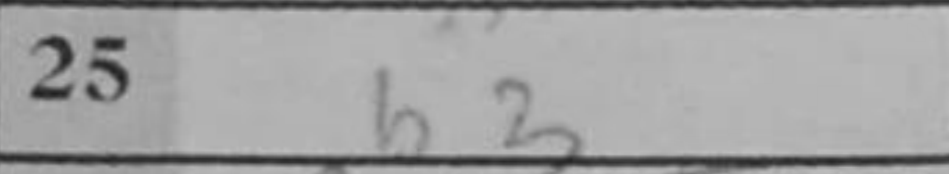
Transcription: b3